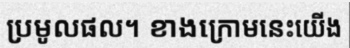
ប្រមូលផល។ ខាងក្រោមនេះយើង